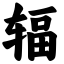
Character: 辐